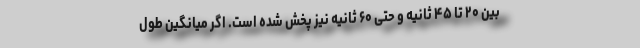
بین ۲۰ تا ۴۵ ثانیه و حتی ۶۰ ثانیه نیز پخش‌ شده است. اگر میانگین طول